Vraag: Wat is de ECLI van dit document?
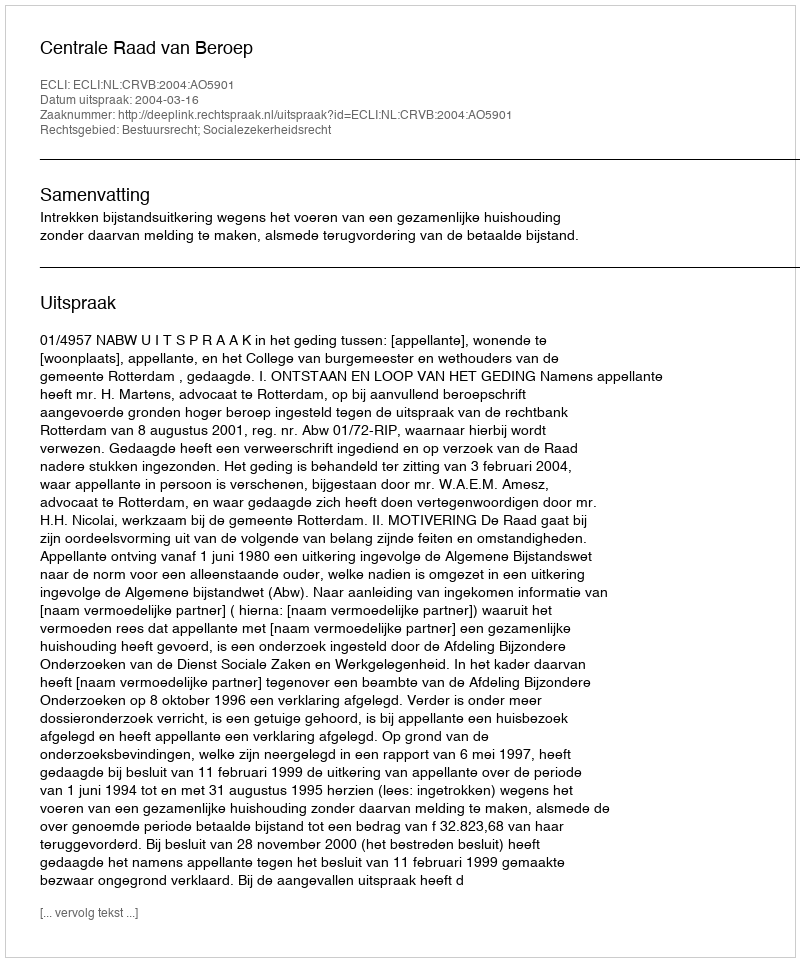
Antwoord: ECLI:NL:CRVB:2004:AO5901